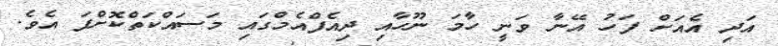
އަދި އެއަށް ފަހު އޭނާ ވަނީ ހާމަ ނޫހާއި ދިއެފްއެމްގައި މަސައްކަތްކޮށްފަ އެވެ.